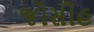
જોસીહ